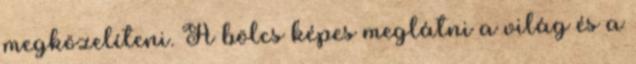
megközelíteni. A bölcs képes meglátni a világ és a